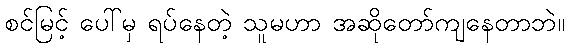
စင်မြင့် ပေါ်မှ ရပ်နေတဲ့ သူမဟာ အဆိုတော်ကျနေတာဘဲ။